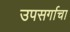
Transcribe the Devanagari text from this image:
उपसर्गाचा